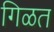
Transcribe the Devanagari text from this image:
गिळत